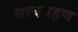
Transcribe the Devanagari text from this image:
सत्यग्रहण